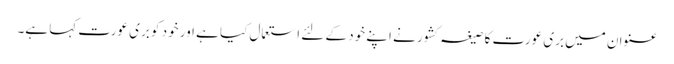
عنوان میں بری عورت کا صیغہ کشور نے اپنے خود کے لئے استعمال کیا ہے اور خود کو بری عورت کہا ہے۔